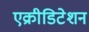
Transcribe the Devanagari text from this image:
एक्रीडिटेशन